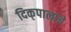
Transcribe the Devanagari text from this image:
दिक्‌पालांचे